Document type: Emphyteutic lease
Year: 1333
Scribe: Berenguer Simó
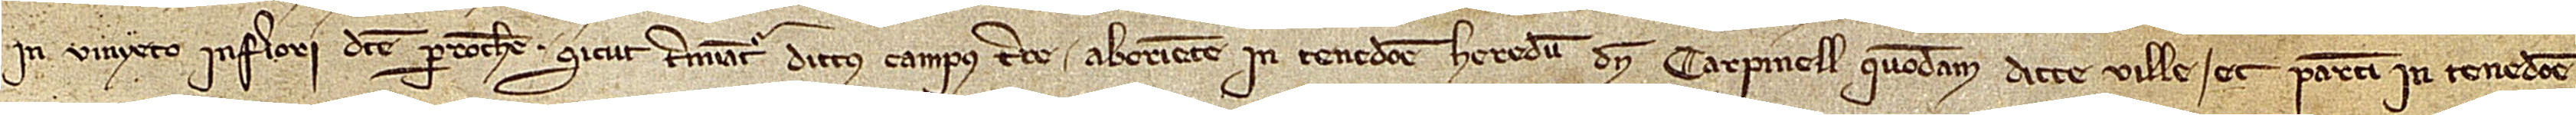
in vinyeto inferiori dicte parrochie. Sicut terminatur dictus campus tere ab oriente in tenedone heredum d’en Carpinell, quondam, dicte ville, et partim in tenedone